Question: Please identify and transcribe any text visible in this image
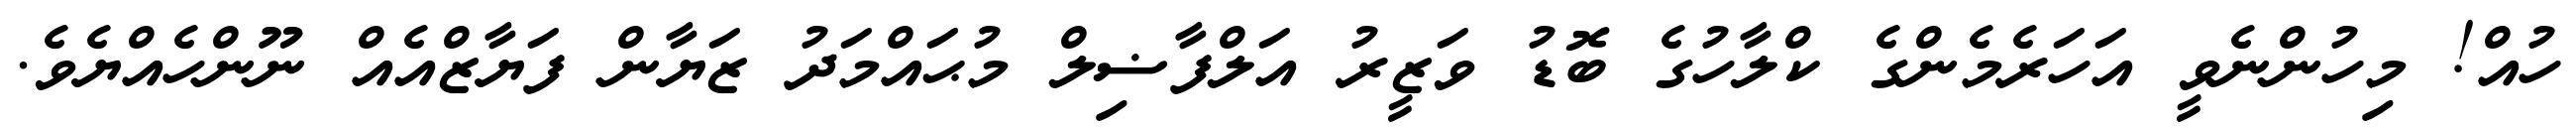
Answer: ހުއް! މިހުންނެވީ އަހަރެމެންގެ ކްލާހުގެ ބޮޑު ވަޒީރު އަލްފާޟިލް މުޙައްމަދު ޒަޔާން ފަޔާޒްއެއް ނޫންހެއްޔެވެ.